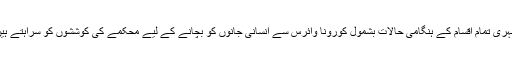
شہری تمام اقسام کے ہنگامی حالات بشمول کورونا وائرس سے انسانی جانوں کو بچانے کے لیے محکمے کی کوششوں کو سراہتے ہیں۔